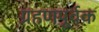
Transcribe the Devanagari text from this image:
ग्रहणपूर्वक